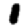
Digit: 1